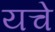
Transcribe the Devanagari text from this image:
यचे